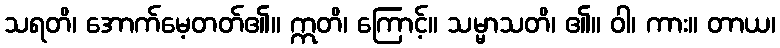
သရတိ၊ အောက်မေ့တတ်၏။ ဣတိ၊ ကြောင့်။ သမ္မာသတိ၊ ၏။ ဝါ၊ ကား။ တာယ၊